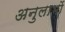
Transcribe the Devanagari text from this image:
अनुलाभों